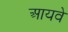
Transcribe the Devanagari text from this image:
आयवे